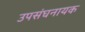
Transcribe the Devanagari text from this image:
उपसंघनायक